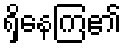
ရှိနေကြ၏